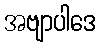
အဗျာပါဒေ